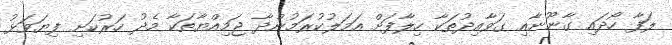
ލަފާ ހޯދައި ގާނޫނާއި ގަވާއިދުތަކާ ހިލާފަށް އަމަލުކުރަމުންދާ ޖަމިއްޔާތަކާ މެދު ހަރުކަށި ފިޔަވަޅު